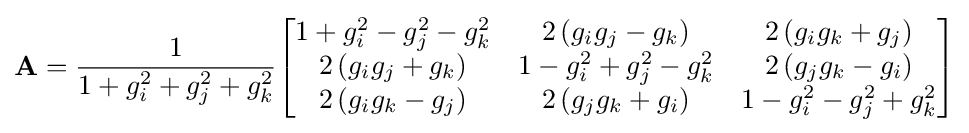
\mathbf {A} ={\frac {1}{1+g_{i}^{2}+g_{j}^{2}+g_{k}^{2}}}{\begin{bmatrix}1+g_{i}^{2}-g_{j}^{2}-g_{k}^{2}&2\left(g_{i}g_{j}-g_{k}\right)&2\left(g_{i}g_{k}+g_{j}\right)\\2\left(g_{i}g_{j}+g_{k}\right)&1-g_{i}^{2}+g_{j}^{2}-g_{k}^{2}&2\left(g_{j}g_{k}-g_{i}\right)\\2\left(g_{i}g_{k}-g_{j}\right)&2\left(g_{j}g_{k}+g_{i}\right)&1-g_{i}^{2}-g_{j}^{2}+g_{k}^{2}\end{bmatrix}}